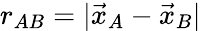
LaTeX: r_{AB}=|{\vec{x}}_{A}-{\vec{x}}_{B}|